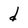
Character: d